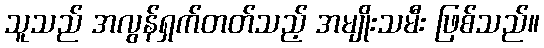
သူသည် အလွန်ရှက်တတ်သည့် အမျိုးသမီး ဖြစ်သည်။